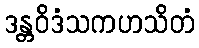
ဒန္တဝိဒံသကဟသိတံ